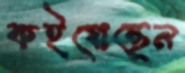
কইয়েছেন